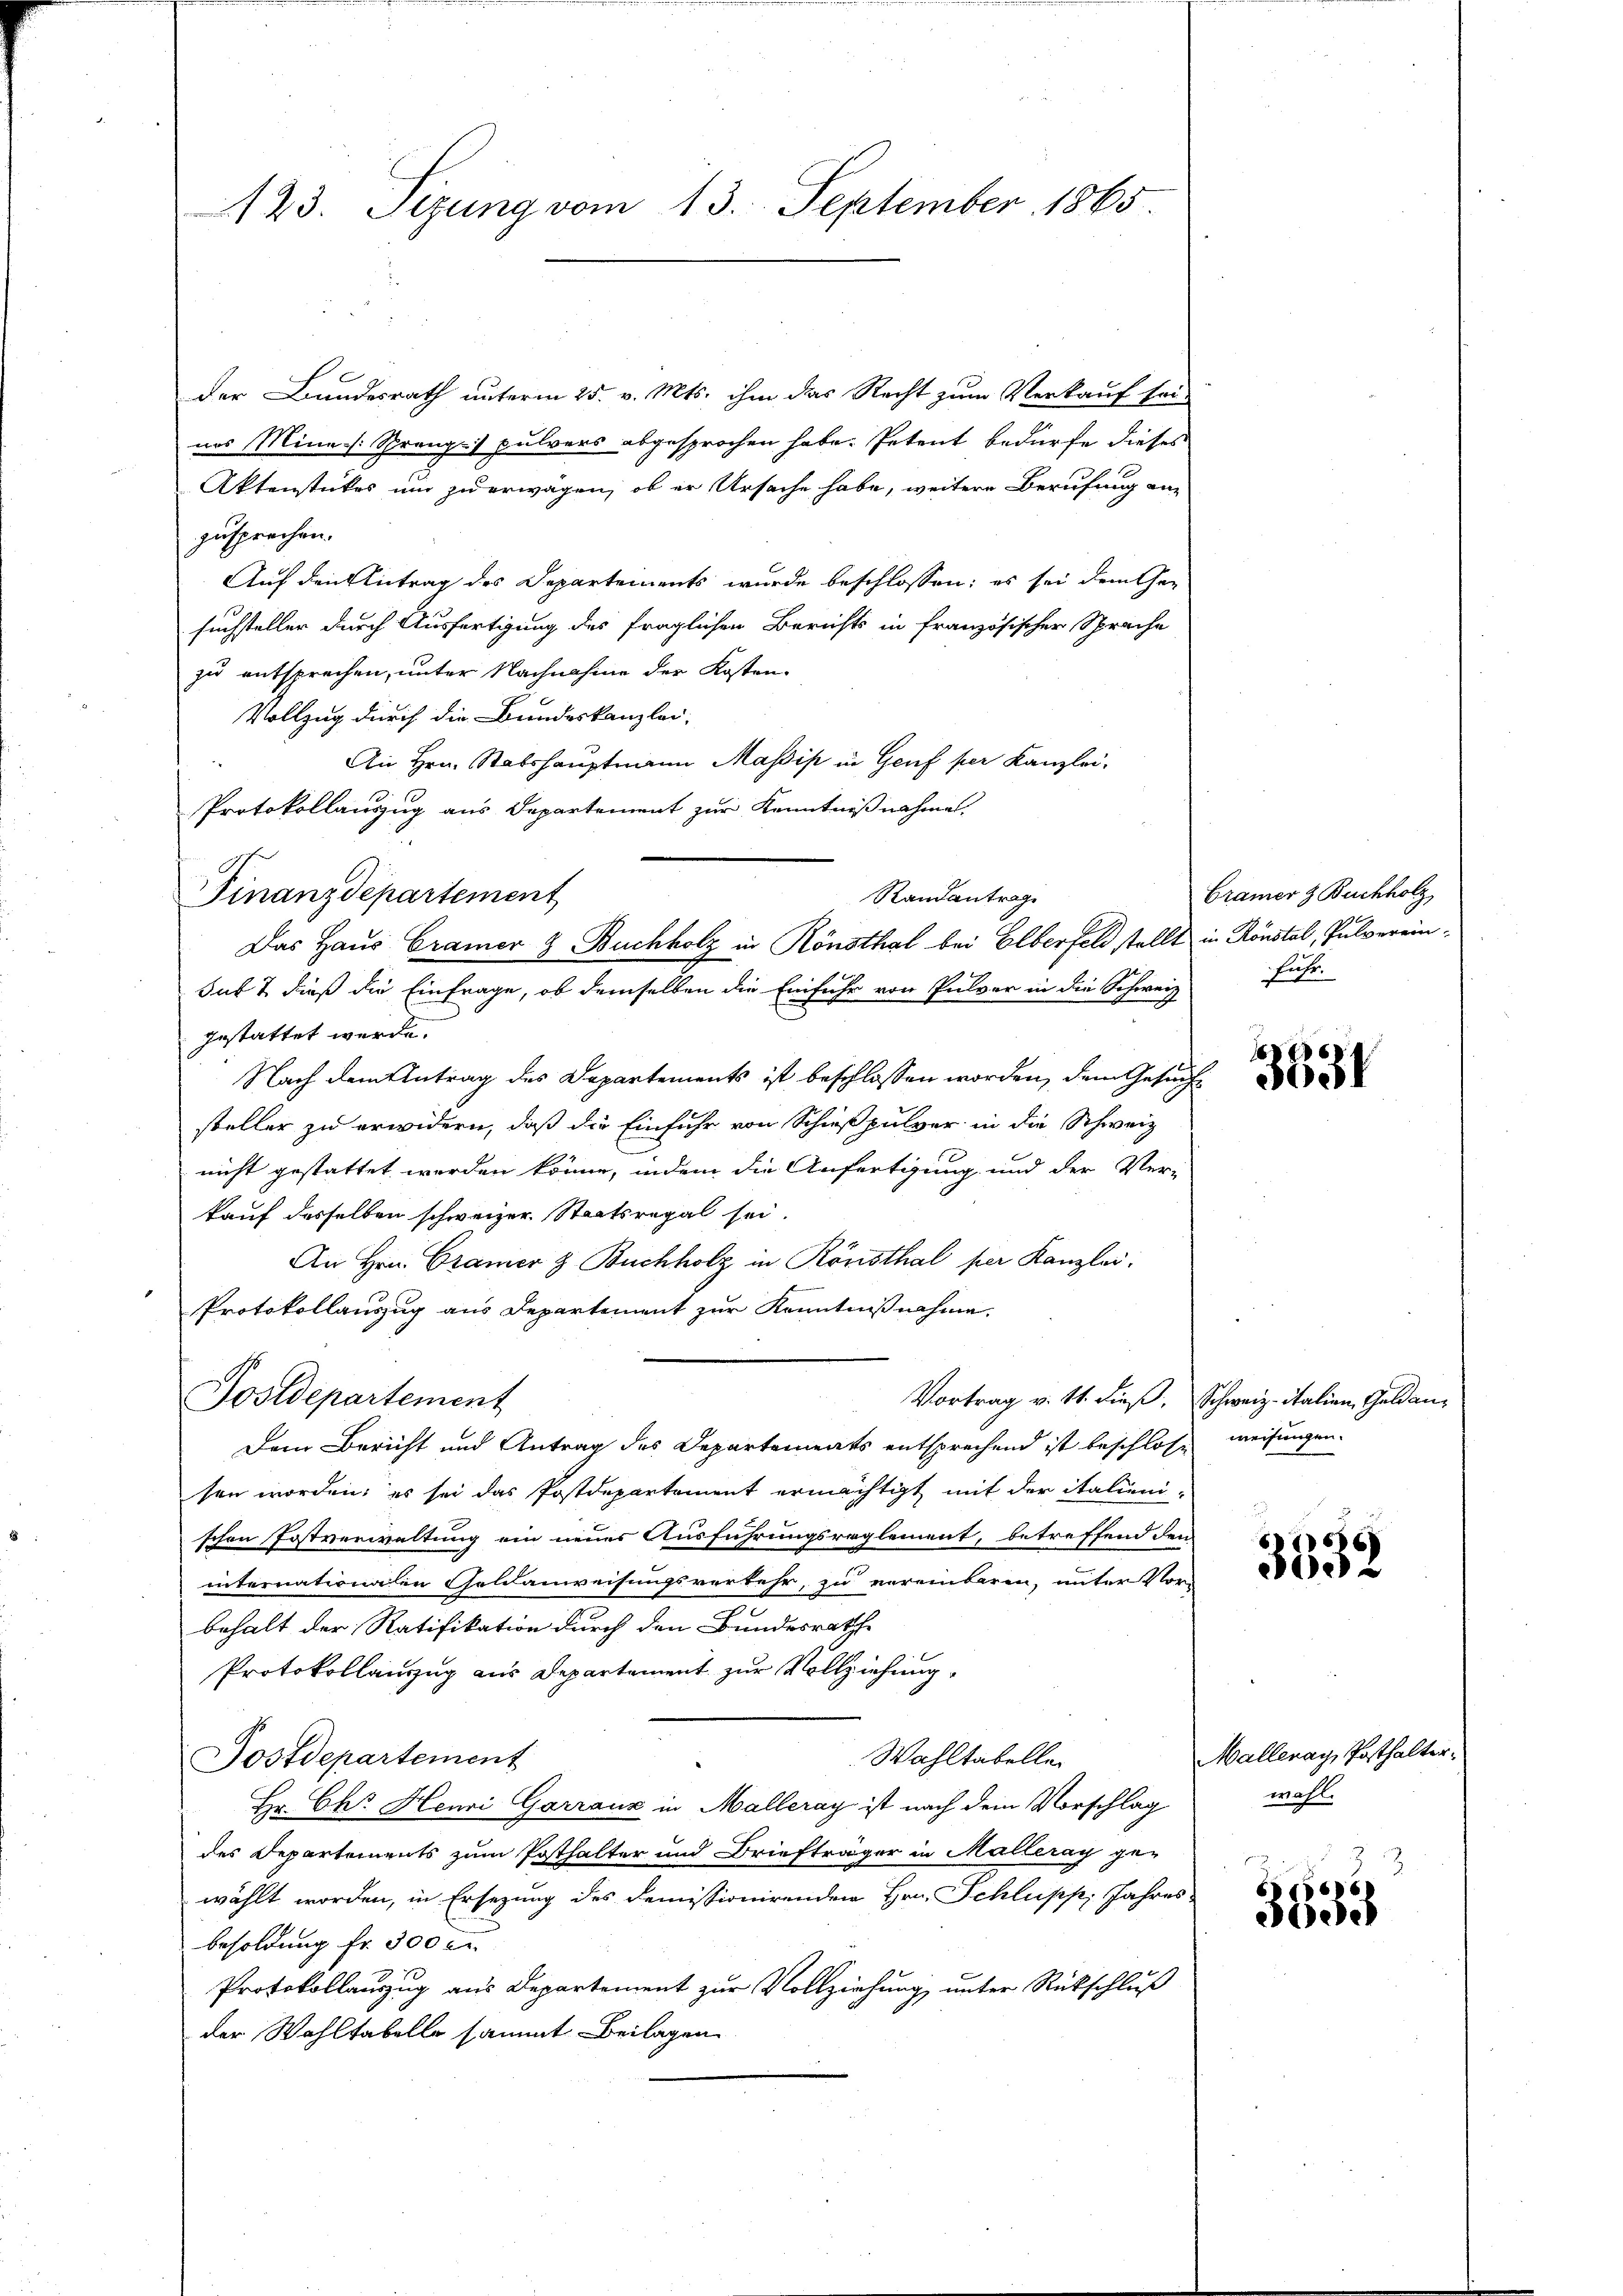
123. Sizung vom 13. September 1865

Finanzdepartement

der Bundesrath unterm 25. v. Mts. ihm das Recht zum Verkauf sei-
nes Mine Sprang) pulvers abgesprochen habe. Petent bedürfe dieses
Aktenstückes um zu erwagen, ob er Ursache habe, weitere Berufung an
zusprechen.
Auf den Antrag des Departements wurde beschlossen; es sei dem Ge-
suchsteller durch Ausfertigung des fraglichen Berichts in französischer Sprache
zu entsprechen, unter Nachnahme der Kosten-
Vollzug durch die Bundeskanzlei-
An Hrn. Stabshauptmann Masis in Genf per Kanzlei-
Protokollauszug aus Departement zur Kenntnißnahmen.
Sub & dieß die Einfrage, ob demselben die Einfuhr von Pulver in die Schweiz
gestattet werde.
Nach dem Antrag des Departements ist beschlossen worden, dem Gesuche
steller zu erwidern, daß die Einfuhr von Schießpulver in die Schweiz
nicht gestattet werden könne, indem die Anfertigung und der Verkauf desselben schweizer Staatsregal sei.
An Hrn. Cramer & Buchholz in Rönsthal per Kanzlei.
Protokollauszug aus Departement zur Kenntnißnahme.
Postdepartement
Vortrag v. 11. dieß, Schweiz. Italien, Geldan¬
Dem Bericht und Antrag des Departements entsprechend ist beschlosse
sen worden; es sei das Postdepartement ermächtigt mit der italieni-
schen Postverwaltung ein neuer Ausführungsreglement, betreffend dem
internationen Goldanweisungsverkehr, zu vereinbaren, unter Vor-
behalt der Ratifikation durch den Bundesrathe
Protokollanzug aus Departement zur Vollziehung,
Wahltabelle
Postdepartement
Hr. Ch. Heuri Garraux in Malleray ist nach dem Vorschlag
des Departements zum Posthalter und Briefträger in Malleray ge-
wählt worden, in Ersezung des Demissionirenden Hrn. Schlupp, Jahres-
besoldung fr. 300 c.
Protokollauszug aus Departement zur Vollziehung unter Rückschluß
der Wahltabello sammt Beilagen

Randantrag
Das Haus Cramer & Buchholz in Konsthal bei Elberfeld stellt in Konstal, Pulverein¬

Cramer & Buchholz
fuhr.

3531

weisungen.

353.

Malleray, Posthalterwahl.

3835